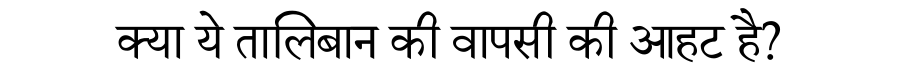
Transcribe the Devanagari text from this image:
क्या ये तालिबान की वापसी की आहट है?